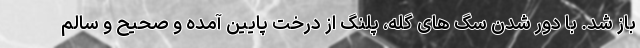
باز شد. با دور شدن سگ های گله، پلنگ از درخت پایین آمده و صحیح و سالم